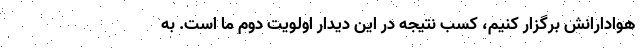
هوادارانش برگزار کنیم، کسب نتیجه در این دیدار اولویت دوم ما است. به